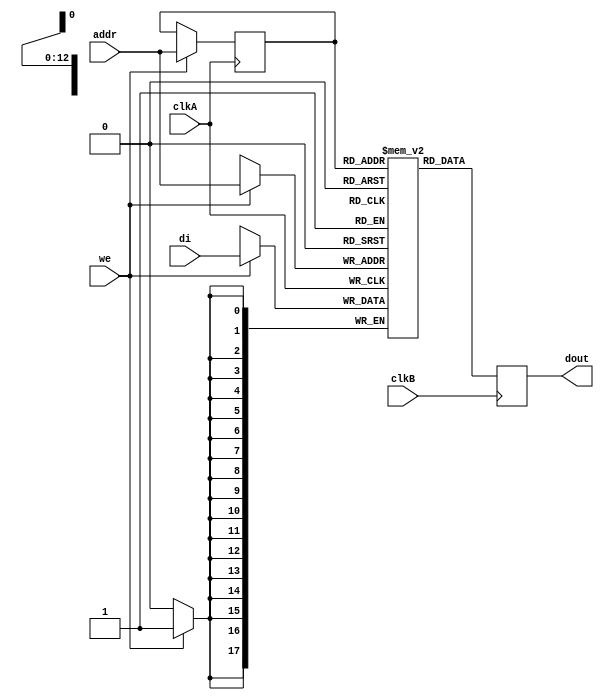

module rams_reg_io_sp_dc_8192x18 (clkA, clkB, we, addr, di, dout);
input clkA;
input clkB;
input we;
input [12:0] addr;
input [17:0] di;
output [17:0] dout;

reg [12:0] addr_reg;
reg [17:0] RAM [8191:0];
reg [17:0] dout;

always @(posedge clkA)
    begin
        if (we)
        begin
            RAM[addr] <= di;
            addr_reg <= addr;
        end
    end

always @ (posedge clkB) 
    begin
        dout <= RAM[addr_reg]; 
    end
endmodule